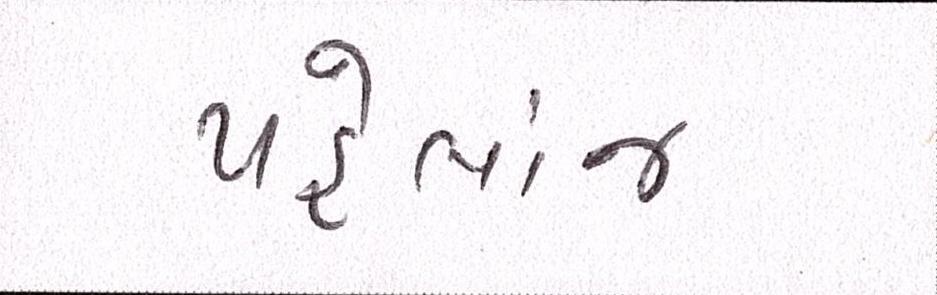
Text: પહેલાંજ